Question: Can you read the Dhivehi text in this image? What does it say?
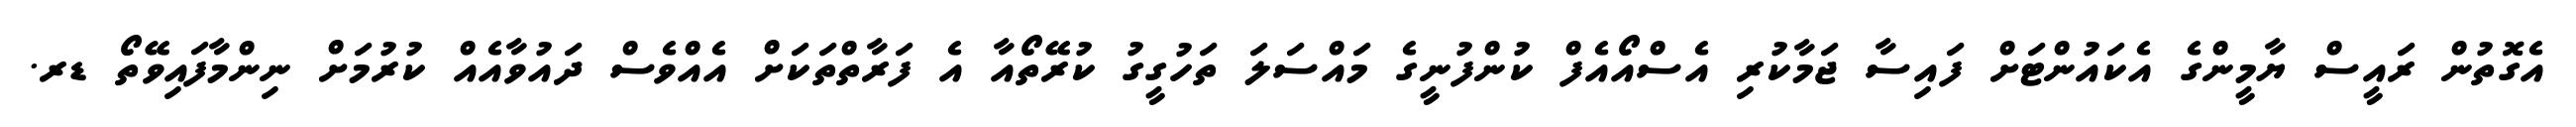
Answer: އެގޮތުން ރައީސް ޔާމީންގެ އެކައުންޓަށް ފައިސާ ޖަމާކުރި އެސްއޯއެފް ކުންފުނީގެ މައްސަލަ ތަހުގީގު ކުރޭތޯއާ އެ ފަރާތްތަކަށް އެއްވެސް ދައުވާއެއް ކުރުމަށް ނިންމާފައިވޭތޯ ޑރ.